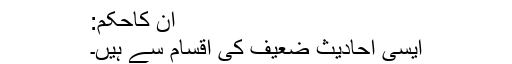
ان کاحکم:
ایسی احادیث ضعیف کی اقسام سے ہیں۔